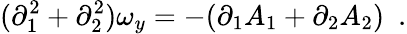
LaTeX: (\partial_{1}^{2}+\partial_{2}^{2})\omega_{y}=-(\partial_{1}A_{1}+\partial_{2}A_{2})~~.